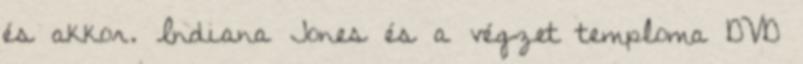
és akkor. Indiana Jones és a végzet temploma DVD